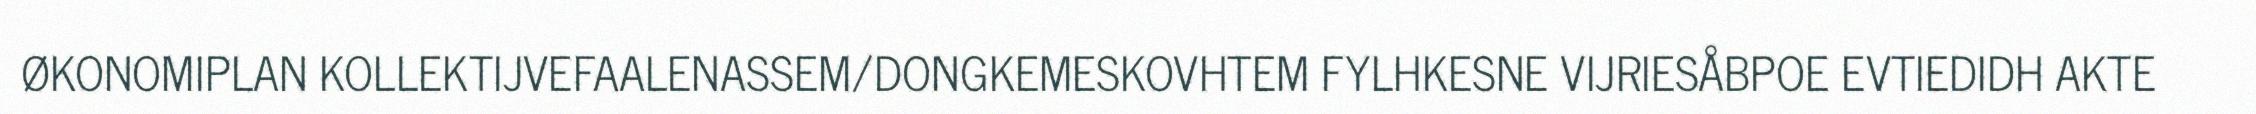
ØKONOMIPLAN KOLLEKTIJVEFAALENASSEM/DONGKEMESKOVHTEM FYLHKESNE VIJRIESÅBPOE EVTIEDIDH AKTE